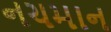
નચમાન